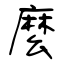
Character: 麼